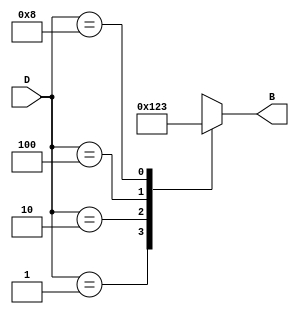
module DecimalToBinaryEncoder (
    input  wire [3:0] D,  // 4-bit one-hot encoded input
    output reg  [3:0] B   // 4-bit binary output
);

// Combinational logic to convert one-hot input to binary output
always @(*) begin
    case (D)
        4'b0001: B = 4'b0000; // Decimal 0
        4'b0010: B = 4'b0001; // Decimal 1
        4'b0100: B = 4'b0010; // Decimal 2
        4'b1000: B = 4'b0011; // Decimal 3
        4'b0001: B = 4'b0100; // Decimal 4
        4'b0010: B = 4'b0101; // Decimal 5
        4'b0100: B = 4'b0110; // Decimal 6
        4'b1000: B = 4'b0111; // Decimal 7
        4'b0001: B = 4'b1000; // Decimal 8
        4'b0010: B = 4'b1001; // Decimal 9
        default: B = 4'bxxxx; // Invalid input case
    endcase
end

endmodule